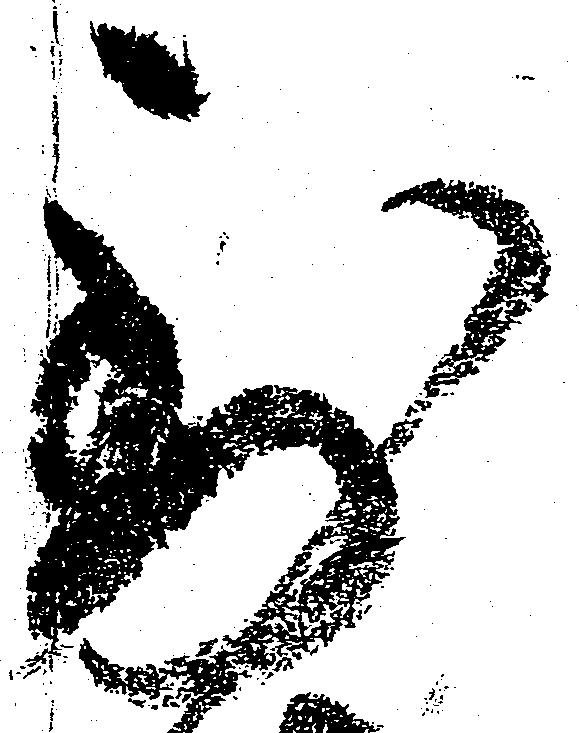
到